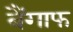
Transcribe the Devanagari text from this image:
बैंगाफ